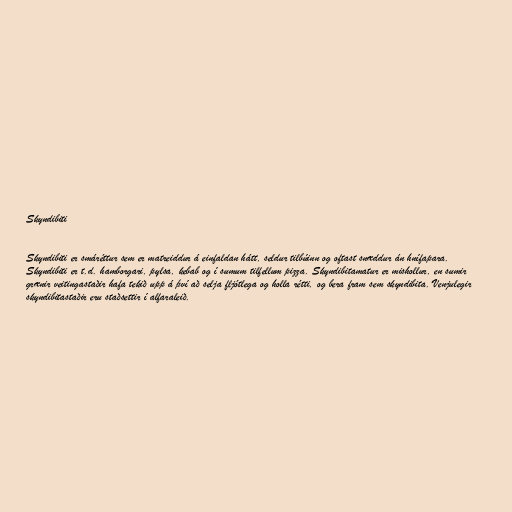
Skyndibiti

Skyndibiti er smáréttur sem er matreiddur á einfaldan hátt, seldur tilbúinn og oftast snæddur án hnífapara.
Skyndibiti er t.d. hamborgari, pylsa, kebab og í sumum tilfellum pizza. Skyndibitamatur er mishollur, en sumir
grænir veitingastaðir hafa tekið upp á því að selja fljótlega og holla rétti, og bera fram sem skyndibita. Venjulegir
skyndibitastaðir eru staðsettir í alfaraleið.